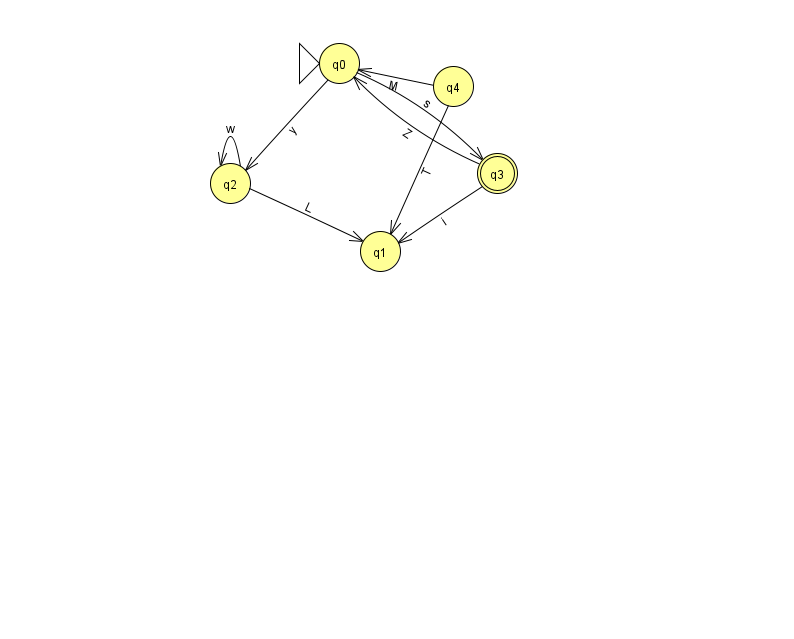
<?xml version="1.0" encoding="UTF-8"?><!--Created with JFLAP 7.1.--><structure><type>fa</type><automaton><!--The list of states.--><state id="0" name="q0"><x>339.0</x><y>50.0</y><initial/></state><state id="1" name="q1"><x>380.0</x><y>238.0</y></state><state id="2" name="q2"><x>230.0</x><y>170.0</y></state><state id="3" name="q3"><x>497.0</x><y>160.0</y><final/></state><state id="4" name="q4"><x>453.0</x><y>73.0</y></state><!--The list of transitions.--><transition><from>4</from><to>0</to><read>M</read></transition><transition><from>0</from><to>2</to><read>y</read></transition><transition><from>0</from><to>3</to><read>s</read></transition><transition><from>2</from><to>1</to><read>L</read></transition><transition><from>2</from><to>2</to><read>w</read></transition><transition><from>4</from><to>1</to><read>T</read></transition><transition><from>3</from><to>0</to><read>Z</read></transition><transition><from>3</from><to>1</to><read>i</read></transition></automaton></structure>